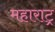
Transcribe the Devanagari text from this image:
महाराट्र